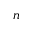
n